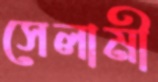
সেলামী